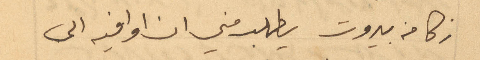
زكا من بيروت يطلب مني ان اوافيه الى